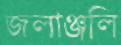
জলাঞ্জলি